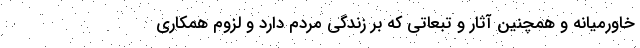
خاورمیانه و همچنین آثار و تبعاتی که بر زندگی مردم دارد و لزوم همکاری